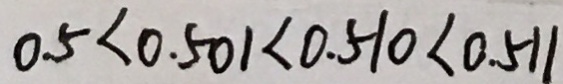
0 . 5 < 0 . 5 0 1 < 0 . 5 1 0 < 0 . 5 1 1